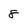
Character: 8